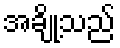
အချို့သည်